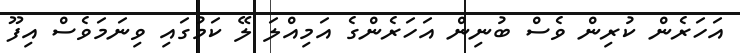
އަހަރެން ކުރިން ވެސް ބުނިން އަހަރެންގެ އަމިއްލަ ލޭ ކަމުގައި ވިނަމަވެސް އިފޫ